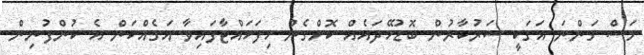
މަސް ގަންނަ އަގަކީ ސަރުކާރުން ބޮޑުހޭދައެއް ކޮށްގެން ހިފަހައްޓާފައިވާ އަގެއްކަން އެ ކުންފުނިން